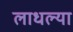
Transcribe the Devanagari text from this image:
लाधल्या